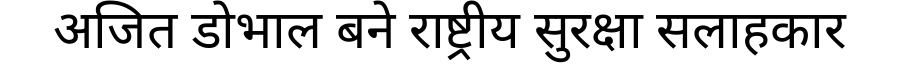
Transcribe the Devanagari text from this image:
अजित डोभाल बने राष्ट्रीय सुरक्षा सलाहकार